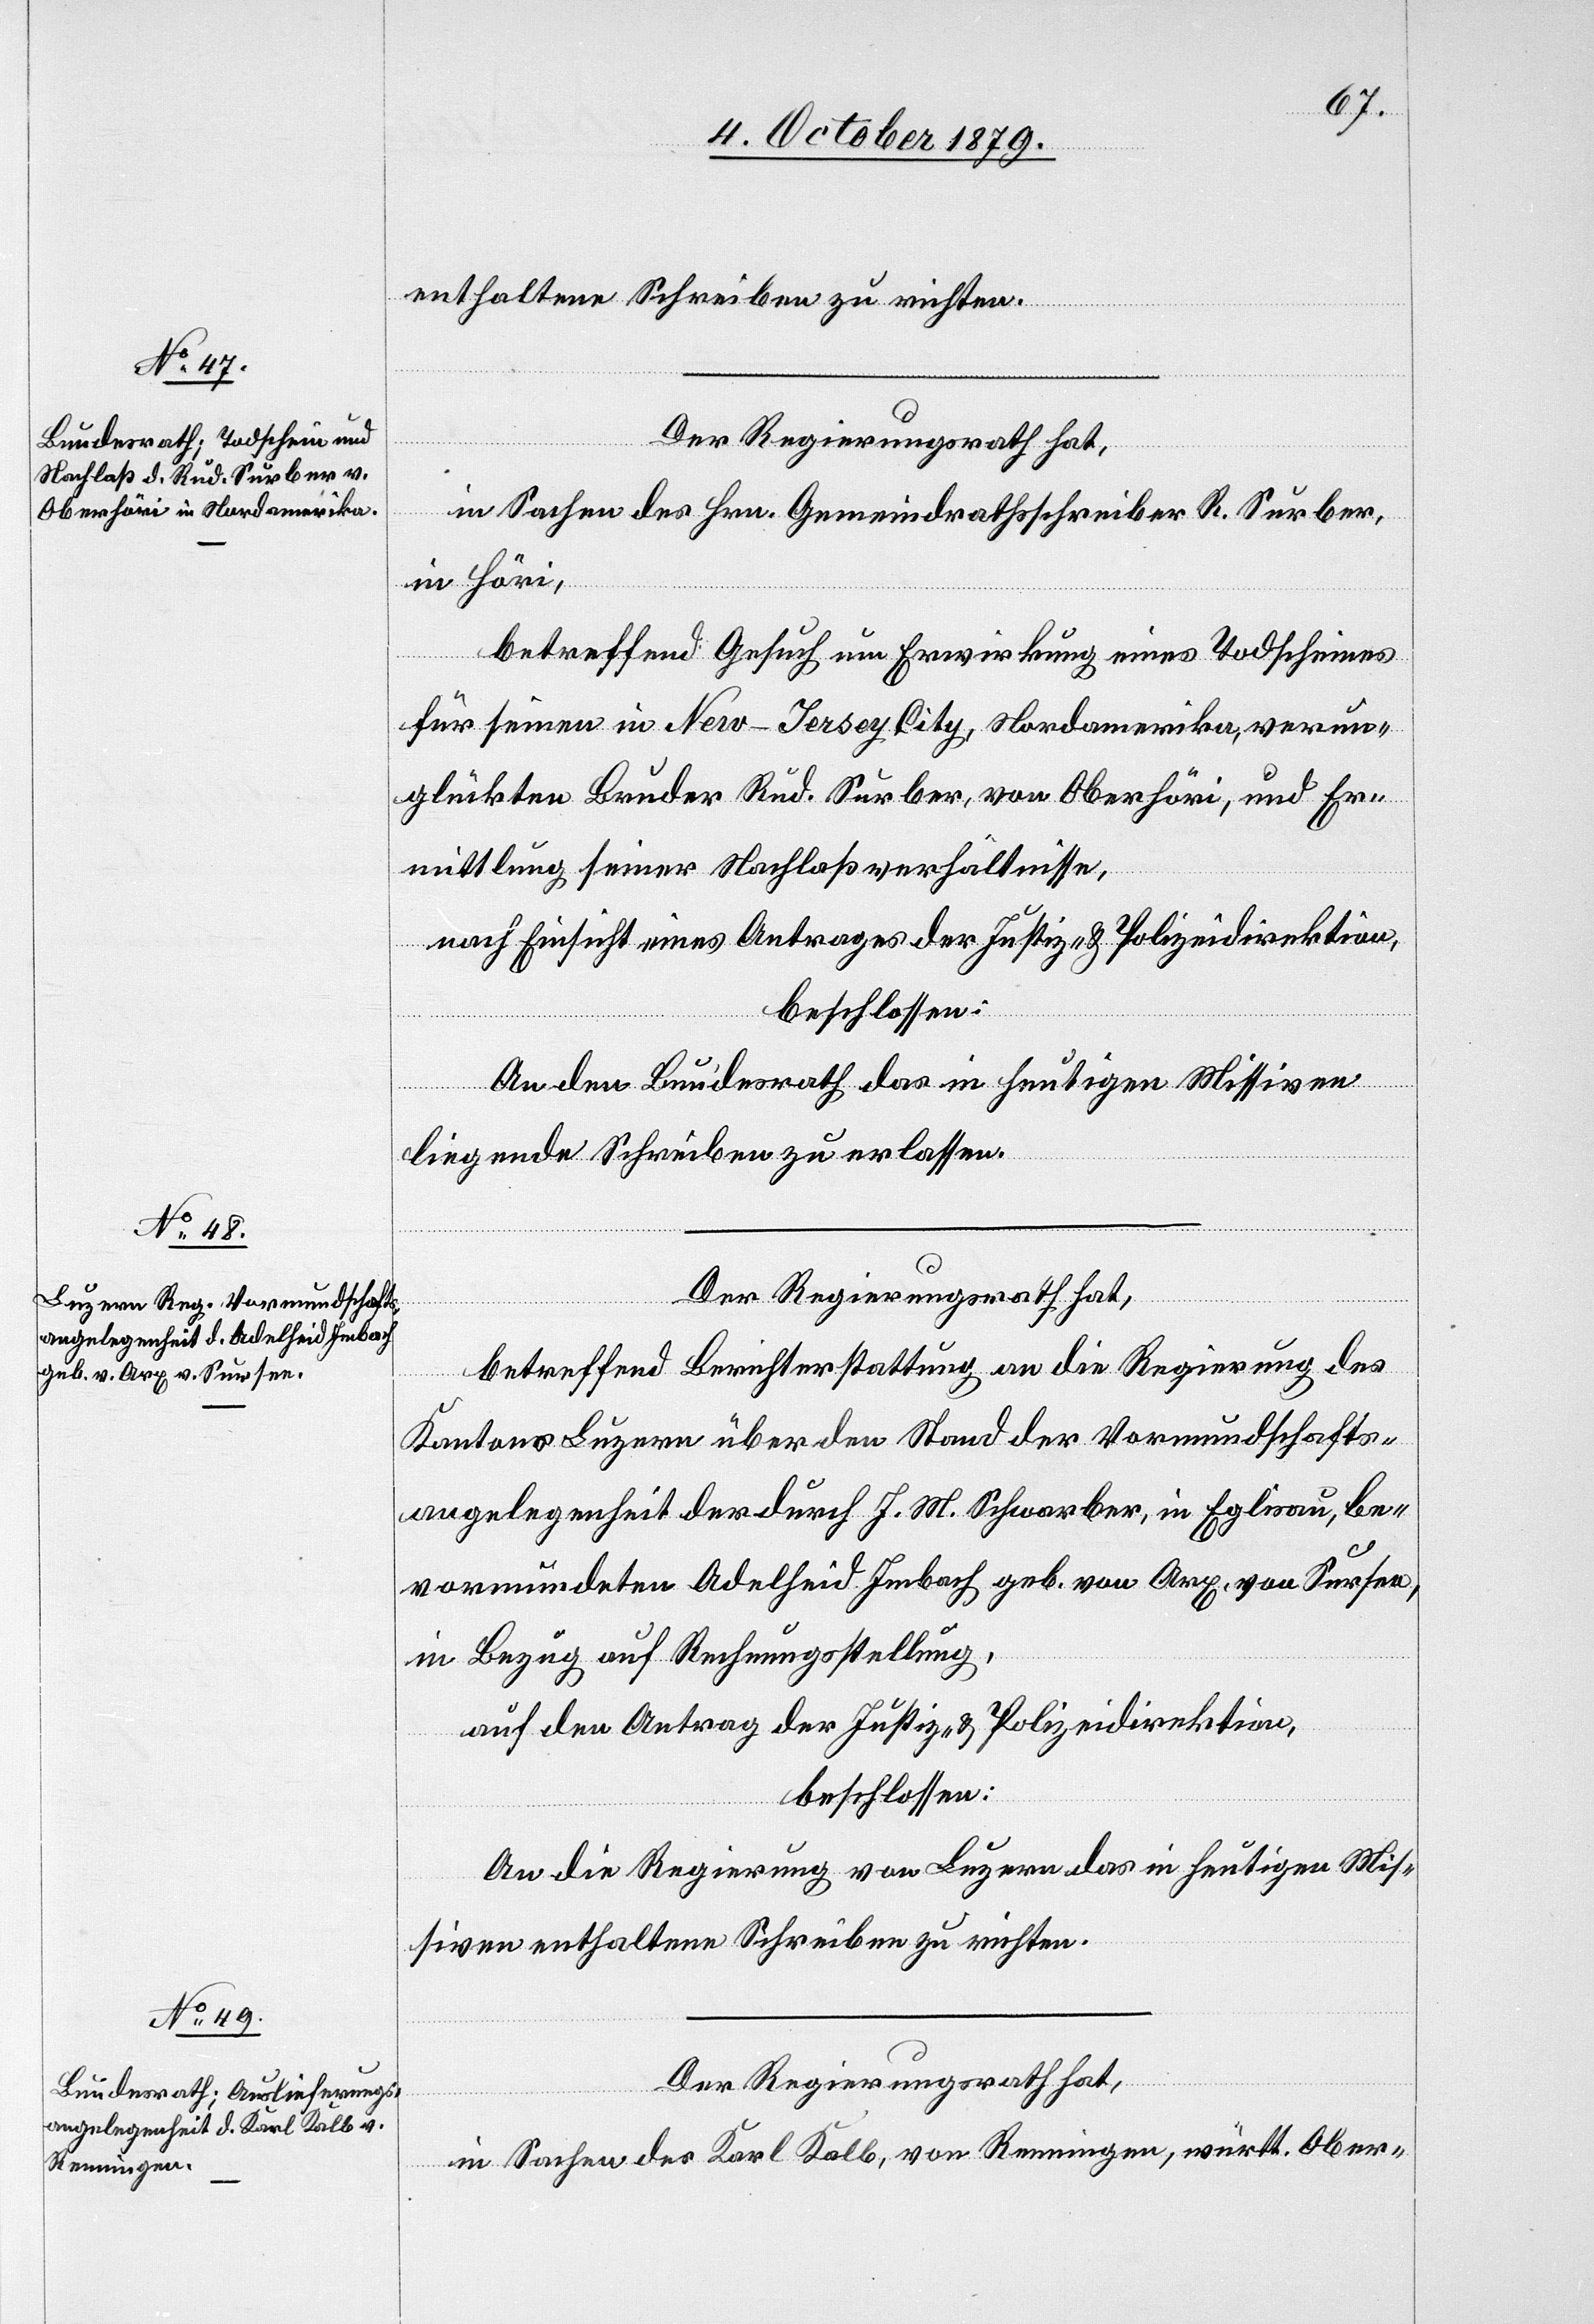
8. October 1879.]
enthaltene Schreiben zu richten.
sidi¬
Der Regierungsrath hat,
in Sachen des Hrn. Gemeindrathsschreiber R. Surber,
in Hörni,
betreffend Gesuch um Erwirkung eines Todscheines
für seinen in New-Jersey City, Nordamerika, verun¬
glückten Bruder Rud. Surber, von Oberhörni, und Er¬
mittlung seiner Nachlassverhältnisse,
nach Einsicht eines Antrages der Justiz- & Polizeidirektion
beschlossen:
fügungen
An den Bundesrath das in heutigen Missiven
liegende Schreiben zu erlassen.
Der Regierungsrath hat,
betreffend Berichterstattung an die Regierung des
Kantons Luzern über den Stand der Vormundschafts¬
angelegenheit der durch I. M. Schwarber, in Eglisau, be¬
vormundeten Adelheid Imbach geb. von Arp, von Sursee,
in Bezug auf Rechnungsstellung,
auf den Antrag der Justiz- & Polizeidirektion,
beschlossen:
An die Regierung von Luzern das in heutigen Mis¬
siven enthaltene Schreiben zu richten.
Der Regierungsrath hat,
in Sachen des Karl Kolb, von Renningen, würth. Ober-